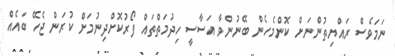
ނަމަވެސް ރައްޔިތުންނަށް ކޮންމެހެން ބޭނުންވާ އަސާސީ ހިދުމަތްތައް ފޯރުކޮށްދިނުމަށް ކުރަން ޖެހޭ ބައެއް